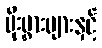
ပိုးမွှားများနှင့်